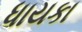
ધાયકા